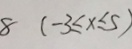
8 ( - 3 \leq x \leq 5 )